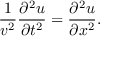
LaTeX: { \frac { 1 } { v ^ { 2 } } } { \frac { \partial ^ { 2 } u } { \partial t ^ { 2 } } } = { \frac { \partial ^ { 2 } u } { \partial x ^ { 2 } } } .